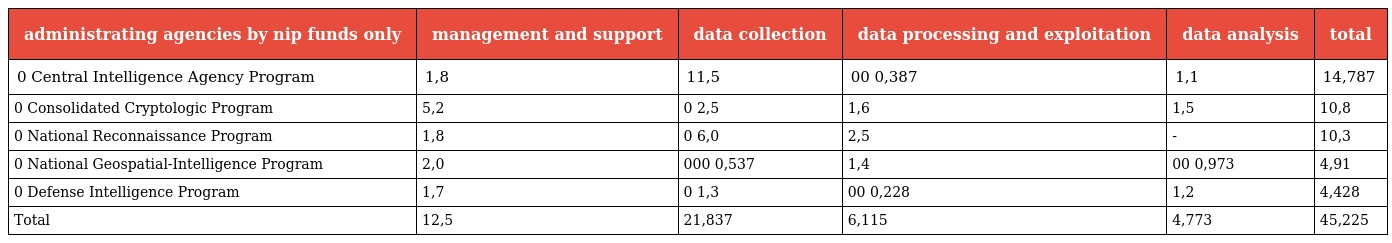
| administrating agencies by nip funds only | management and support | data collection | data processing and exploitation | data analysis | total |
 | --- | --- | --- | --- | --- | --- |
 | 0 Central Intelligence Agency Program | 1,8 | 11,5 | 00 0,387 | 1,1 | 14,787 |
 | 0 Consolidated Cryptologic Program | 5,2 | 0 2,5 | 1,6 | 1,5 | 10,8 |
 | 0 National Reconnaissance Program | 1,8 | 0 6,0 | 2,5 | - | 10,3 |
 | 0 National Geospatial-Intelligence Program | 2,0 | 000 0,537 | 1,4 | 00 0,973 | 4,91 |
 | 0 Defense Intelligence Program | 1,7 | 0 1,3 | 00 0,228 | 1,2 | 4,428 |
 | Total | 12,5 | 21,837 | 6,115 | 4,773 | 45,225 |